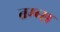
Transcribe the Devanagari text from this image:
तम्ब्स